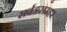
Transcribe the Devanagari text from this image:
सर्वङसम्हर